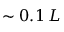
\sim 0 . 1 \, L